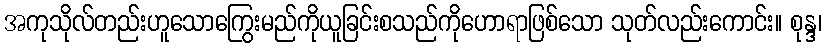
အကုသိုလ်တည်းဟူသောကြွေးမည်ကိုယူခြင်းစသည်ကိုဟောရာဖြစ်သော သုတ်လည်းကောင်း။ စုန္ဒ၊